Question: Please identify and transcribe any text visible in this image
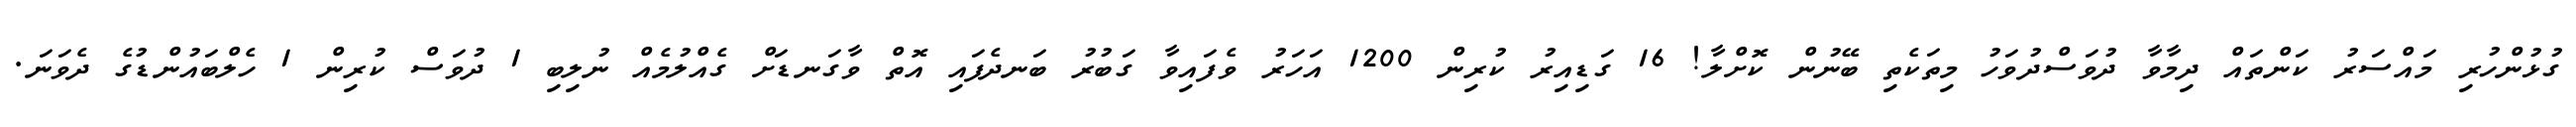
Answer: ގުޅުންހުރި މައްސަރު ކަންތައް ދިމާވާ ދުވަސްދުވަހު މިތަކެތި ބޭނުން ކޮށްލާ! 16 ގަޑިއިރު ކުރިން 1200 އަހަރު ވެފައިވާ ގަބުރު ބަނދެފައި އޮތް ވާގަނޑަށް ގެއްލުމެއް ނުލިބި 1 ދުވަސް ކުރިން 1 ހެލްބައުންޑުގެ ދެވަނަ.